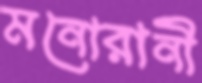
মনোরানী